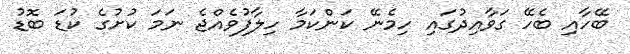
ބޭހާއި ބެހޭ ގަވާއިދުގައި ހިމެނޭ ކަންކަމާ ހިލާފުވެއްޖެ ނަމަ ކުށުގެ ކުޑަ ބޮޑު